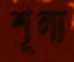
শূল্য